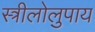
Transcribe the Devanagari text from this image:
स्त्रीलोलुपाय